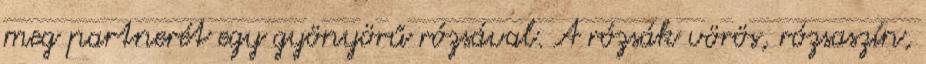
meg partnerét egy gyönyörű rózsával. A rózsák vörös, rózsaszín,